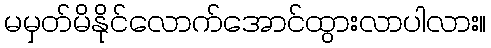
မမှတ်မိနိုင်လောက်အောင်ထွားလာပါလား။